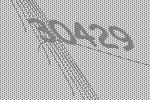
30429